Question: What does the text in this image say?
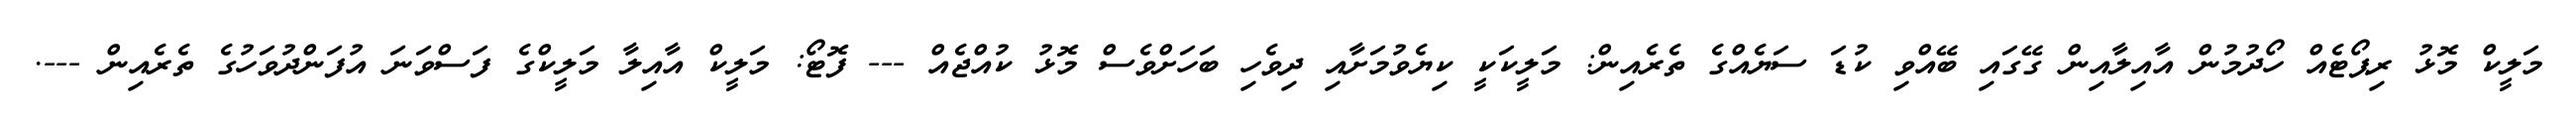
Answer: މަލީކް މޮޅު ރިޕޯޓެއް ހޯދުމުން އާއިލާއިން ގޭގައި ބޭއްވި ކުޑަ ސަޔެއްގެ ތެރެއިން: މަލީކަކީ ކިޔެވުމަށާއި ދިވެހި ބަހަށްވެސް މޮޅު ކުއްޖެއް --- ފޮޓޯ: މަލީކް އާއިލާ މަލީކްގެ ފަސްވަނަ އުފަންދުވަހުގެ ތެރެއިން ---.